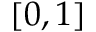
[ 0 , 1 ]